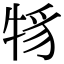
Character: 𤙪